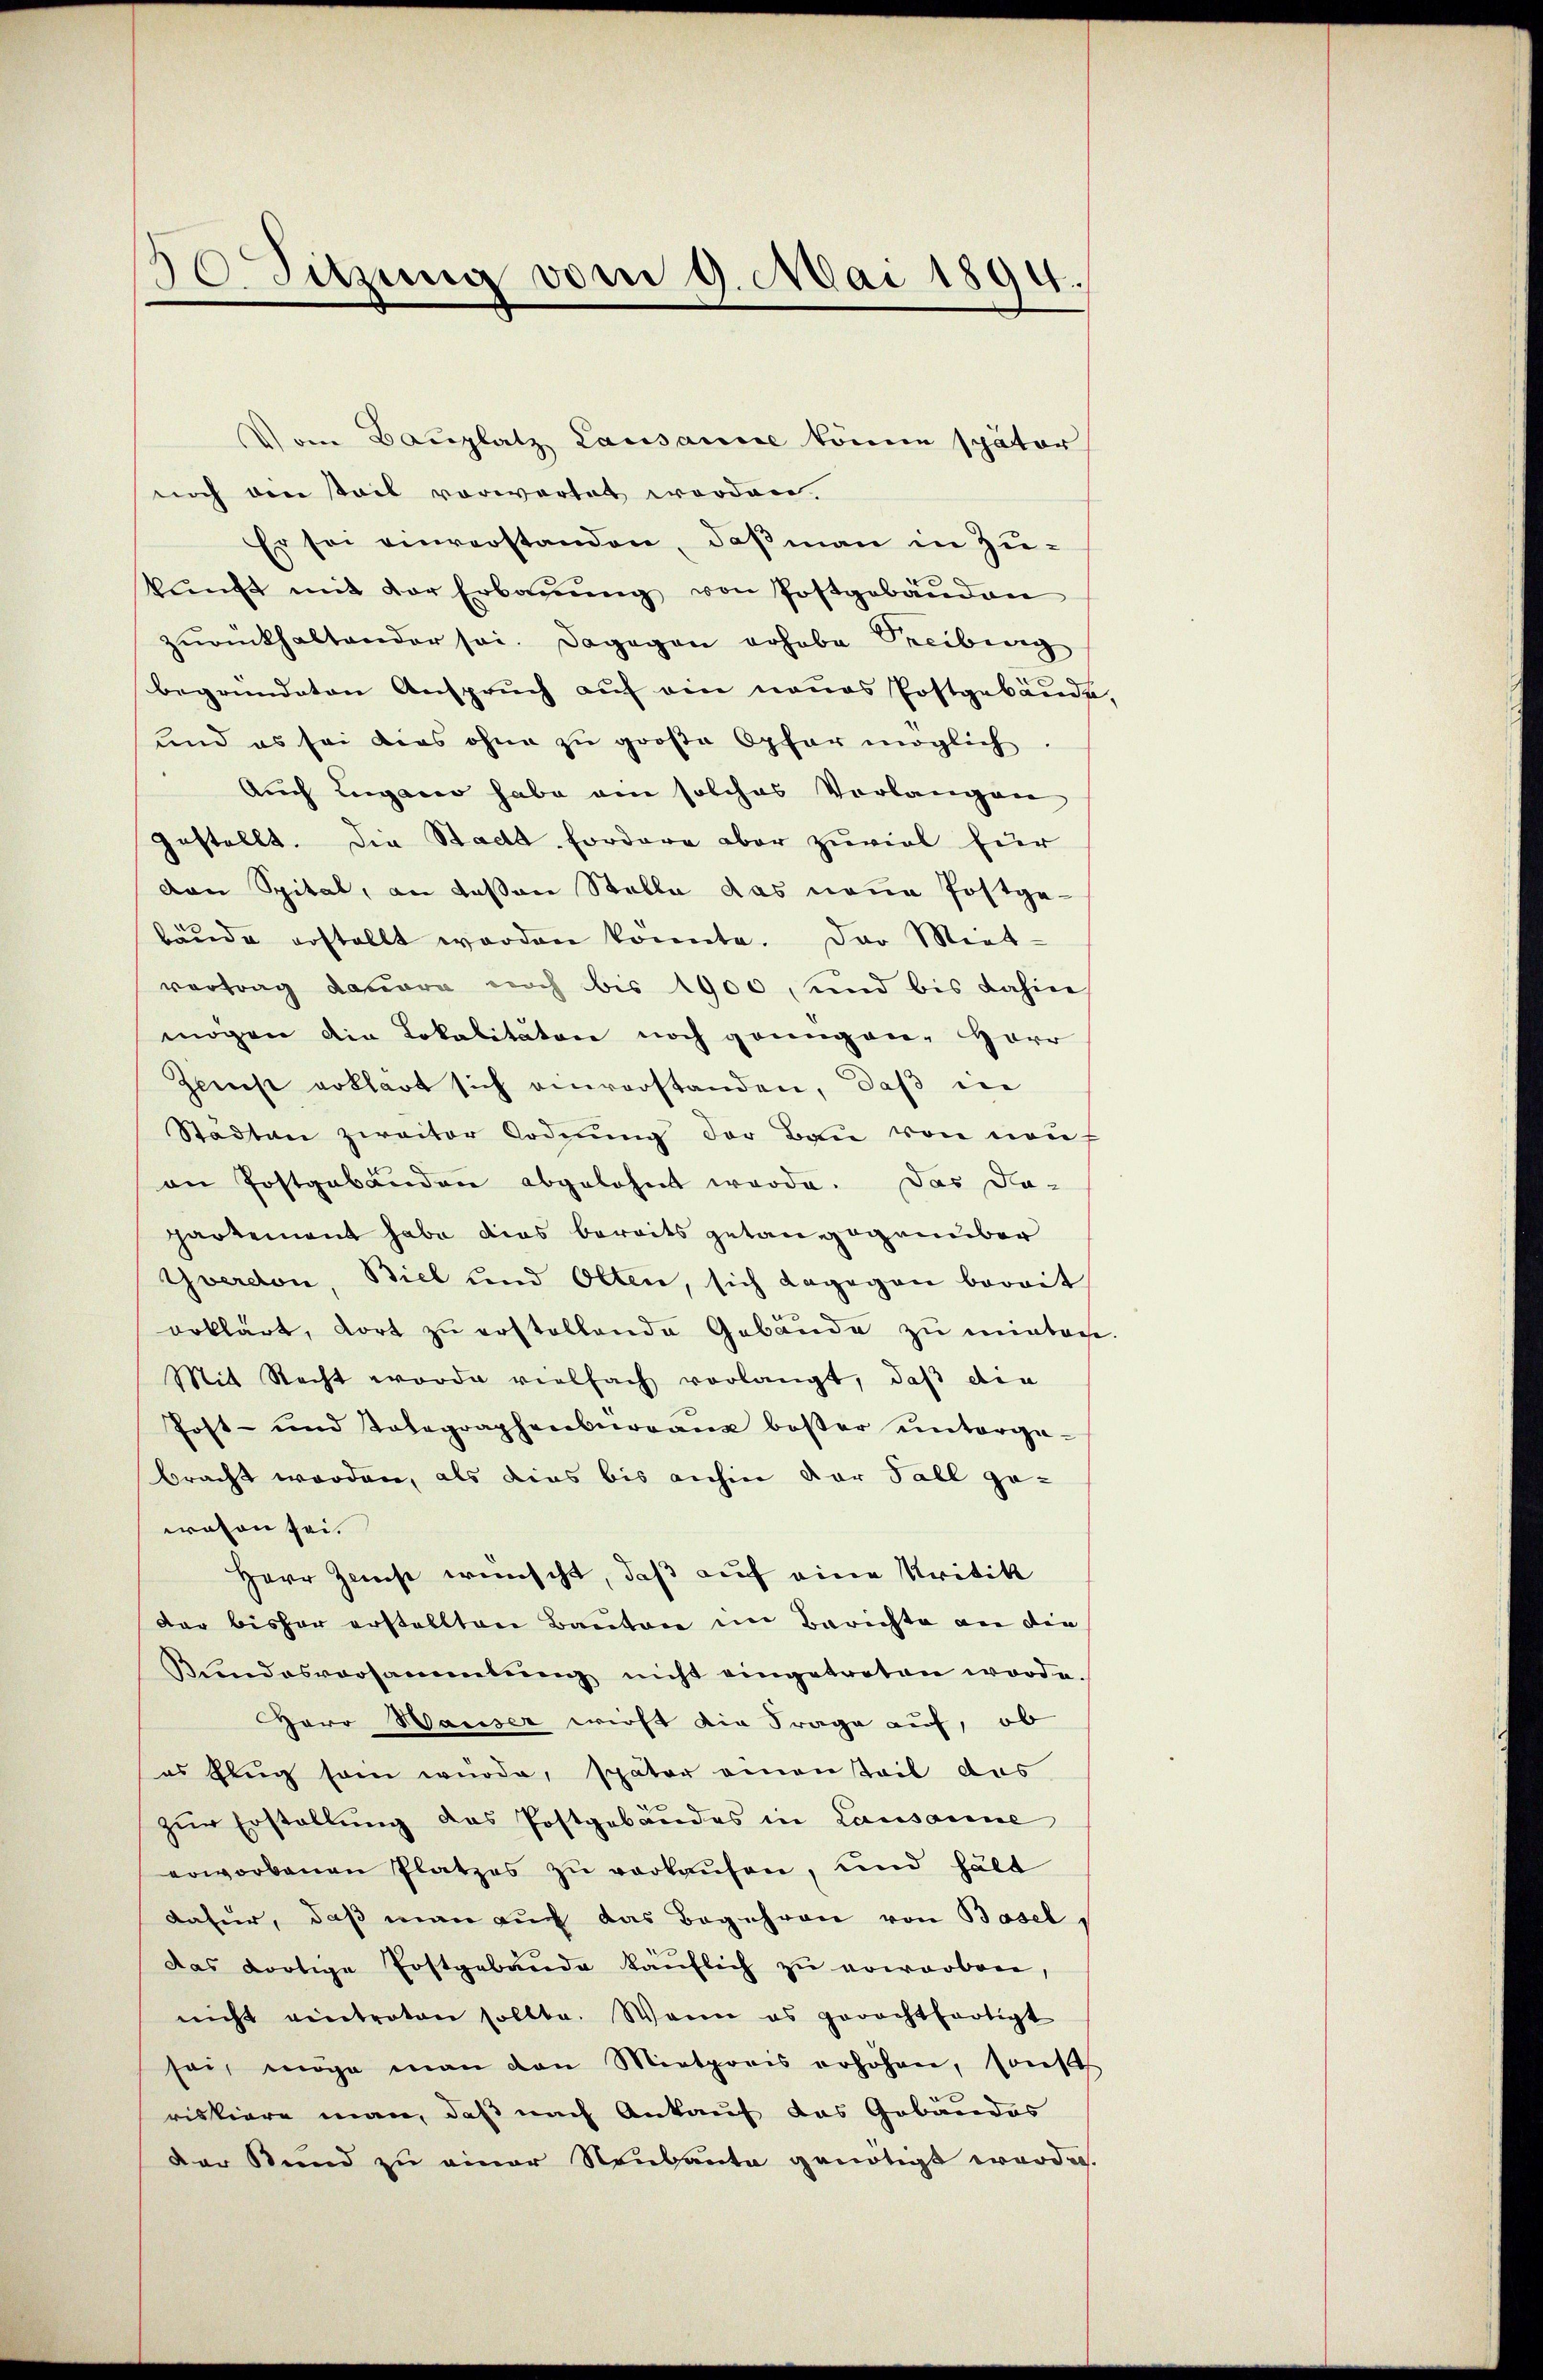
30 Sitzung vom 9. Mai 1894.

Vom Bauplatz, Lausanne könne später
noch den stail vorwartet worden.
Er sei einverstanden, daß man in Zukŭnft mit der Erbaŭŭng von Postgebäŭden
zŭrkhaltender sei. Dagegen erhabe Treibung
begründeten Anspruch auf ein neues Postgebäudes
und es sei dies ohne zu große Opfer möglich,
Auch Lugano habe am solches Vorlangen
gestellt. Die Stadt fordere aber zuviel für
ven Spital, an deßen Stelle das neue Postge-
bäude erstellt worden konnte. Der Miet-
vortrag dauere noch bis 1900, und bis dahin
mögen die Lokalitätere noch gründen Herr
Zeich erklärt sich anerstanden, daß in
Stadtan zweiter Ordnŭng der Bau von auf
an Postgebänden abgelohnt werde. Das Da-
partement habe dies bereits getangegenüber
Yverdon, Biel und Olten, sich dagegen bereit
erklärt, dort zu erstellende Gebäude zu minter
Mit Recht worde vielfach vorlangt, daß die
Post- und Tolegraphenberganz beser ŭnterga-
bracht worden, als dies bis anhin der Fall ge-
wesen sei.
Herr Gunst wünscht, daß auf eine Kritik
dar bisher erstellten Kanton im Berichte an die
Bundesversammlung nicht eingetreten werde.
aro Wasser wirft die Frage auf, ob
es klug sei wurde, später einen Teil das
zur Erstellung des Postgebäudes in Lausanne
erworbenen Platzes zu verkaufen, und hält
dafür, daß man auch das Begehren von Basel,
Das dortige Postgebäude käŭflich zu erworben,
nicht eintreten sollte. Wann es gerachtfertigt
sei möge man den Mietporis erhöhen, sonst
riskiere man, daß nach Ankauf das Gebäudes
der Stund zu einer Neubaute genötigt werde.